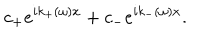
c _ { + } e ^ { i k _ { + } ( \omega ) x } + c _ { - } e ^ { i k _ { - } ( \omega ) x } .